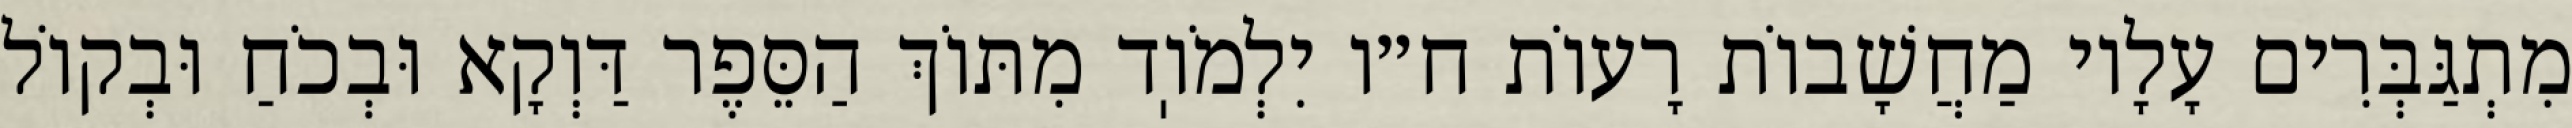
מִתְגַּבְּרִים עָלָיו מַחֲשָׁבוֹת רָעוֹת ח״ו יִלְמֹוֽד מִתּוֹךְ הַסֵּפֶר דַּוְקָא וּבְכֹחַ וּבְקוֹל